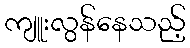
ကျူးလွန်နေသည့်